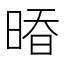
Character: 𰖒